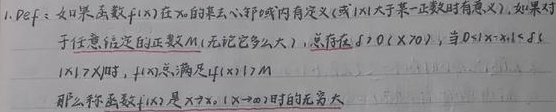
1. Def：如果函数\(f(x)\)在\(x\)的某去心邻域内有定义（或\(\vert x\vert\)大于某一正数时有意义）。如果对于任意给定的正数\(M\)（无论它多么大），总存在\(\delta > 0(\delta>0)\)，当\(0<\vert x - x_{0}\vert<\delta\)（或\(\vert x\vert > X\)时），\(f(x)\)总满足\(\vert f(x)\vert>M\)，那么称函数\(f(x)\)是\(x \to x_{0}(|x| \to \infty)\)时的无穷大。